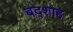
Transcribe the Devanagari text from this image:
बद्शाह